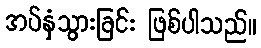
အပ်နှံသွားခြင်း ဖြစ်ပါသည်။